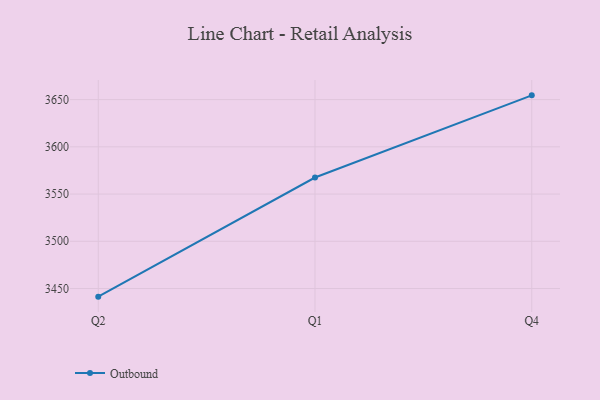
{"axis": {"x": "Quarter", "y": "Market Share (%)"}, "legend": ["Outbound"], "data": [{"x": "Q2", "y": 3441.4, "type": "Outbound"}, {"x": "Q1", "y": 3567.5, "type": "Outbound"}, {"x": "Q4", "y": 3654.5, "type": "Outbound"}]}